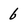
Character: 6